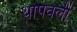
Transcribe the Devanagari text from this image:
थोपवली